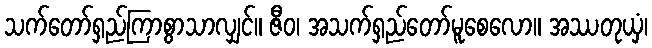
သက်တော်ရှည်ကြာစွာသာလျှင်။ ဇီဝ၊ အသက်ရှည်တော်မူစေလော။ အဿတုယှံ၊